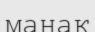
манақ